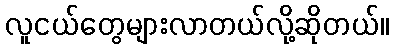
လူငယ်တွေများလာတယ်လို့ဆိုတယ်။